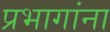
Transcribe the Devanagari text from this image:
प्रभागांना